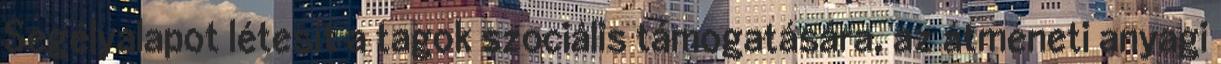
Segélyalapot létesít a tagok szociális támogatására, az átmeneti anyagi